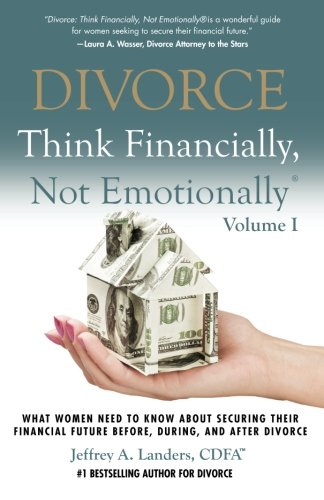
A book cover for DIVORCE: Think Financially, Not EmotionallyÂ® Volume I: What Women Need To Know About Securing Their Financial Future Before, During, and After Divorce (Volume 1); Jeffrey A. Landers; Parenting & Relationships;